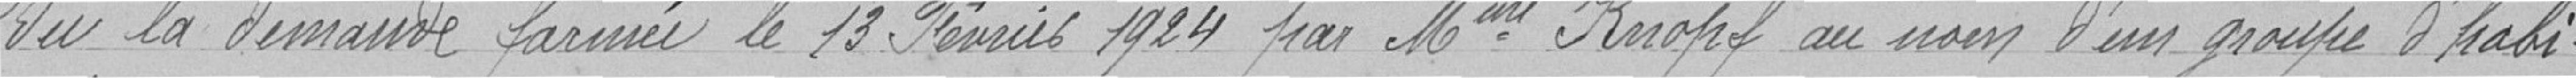
Vu la demande formée le 13 février 1924 par Mme Knopf au nom d'un groupe d'habi-